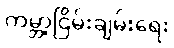
ကမ္ဘာ့ငြိမ်းချမ်းရေး